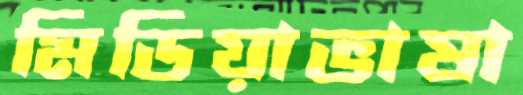
মিডিয়াভাষা